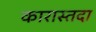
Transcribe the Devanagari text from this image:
कारास्तदा